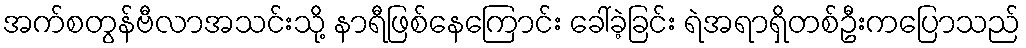
အက်စတွန်ဗီလာအသင်းသို့ နာရီဖြစ်နေကြောင်း ခေါ်ခဲ့ခြင်း ရဲအရာရှိတစ်ဦးကပြောသည်